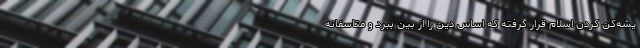
یشه‌کن کردن اسلام قرار گرفته که اساس دین را از بین ببرد و متاسفانه